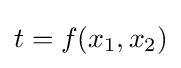
t=f(x_{1},x_{2})